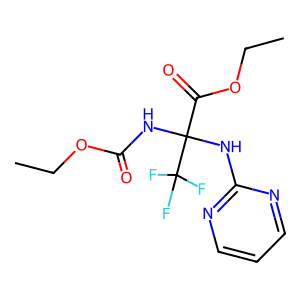
SMILES: CCOC(=O)NC(Nc1ncccn1)(C(=O)OCC)C(F)(F)F
Inhibits HIV replication: No